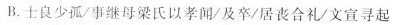
B.士良少孤/事继母梁氏以孝闻/及卒/居丧合礼/文宣寻起